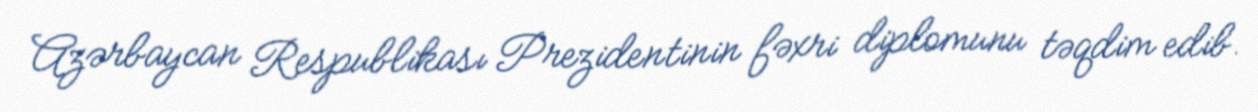
Azərbaycan Respublikası Prezidentinin fəxri diplomunu təqdim edib.